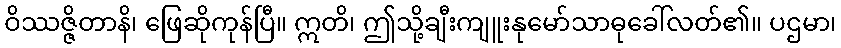
ဝိဿဇ္ဇိတာနိ၊ ဖြေဆိုကုန်ပြီ။ ဣတိ၊ ဤသို့ချီးကျူးနုမော်သာဓုခေါ်လတ်၏။ ပဌမာ၊